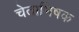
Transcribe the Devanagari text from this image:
चेताभिषक